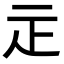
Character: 𤴕